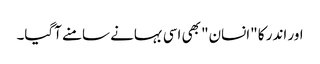
اور اندر کا "انسان" بھی اسی بہانے سامنے آگیا۔